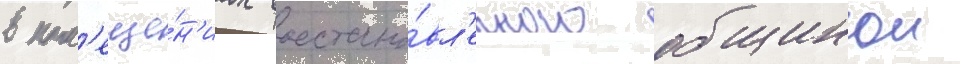
в пом'еще́н'иах восстано́вл'енного общинои